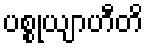
ပစ္စုယျာဟီတိ